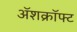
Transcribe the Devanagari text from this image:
ॲशक्रॉफ्ट